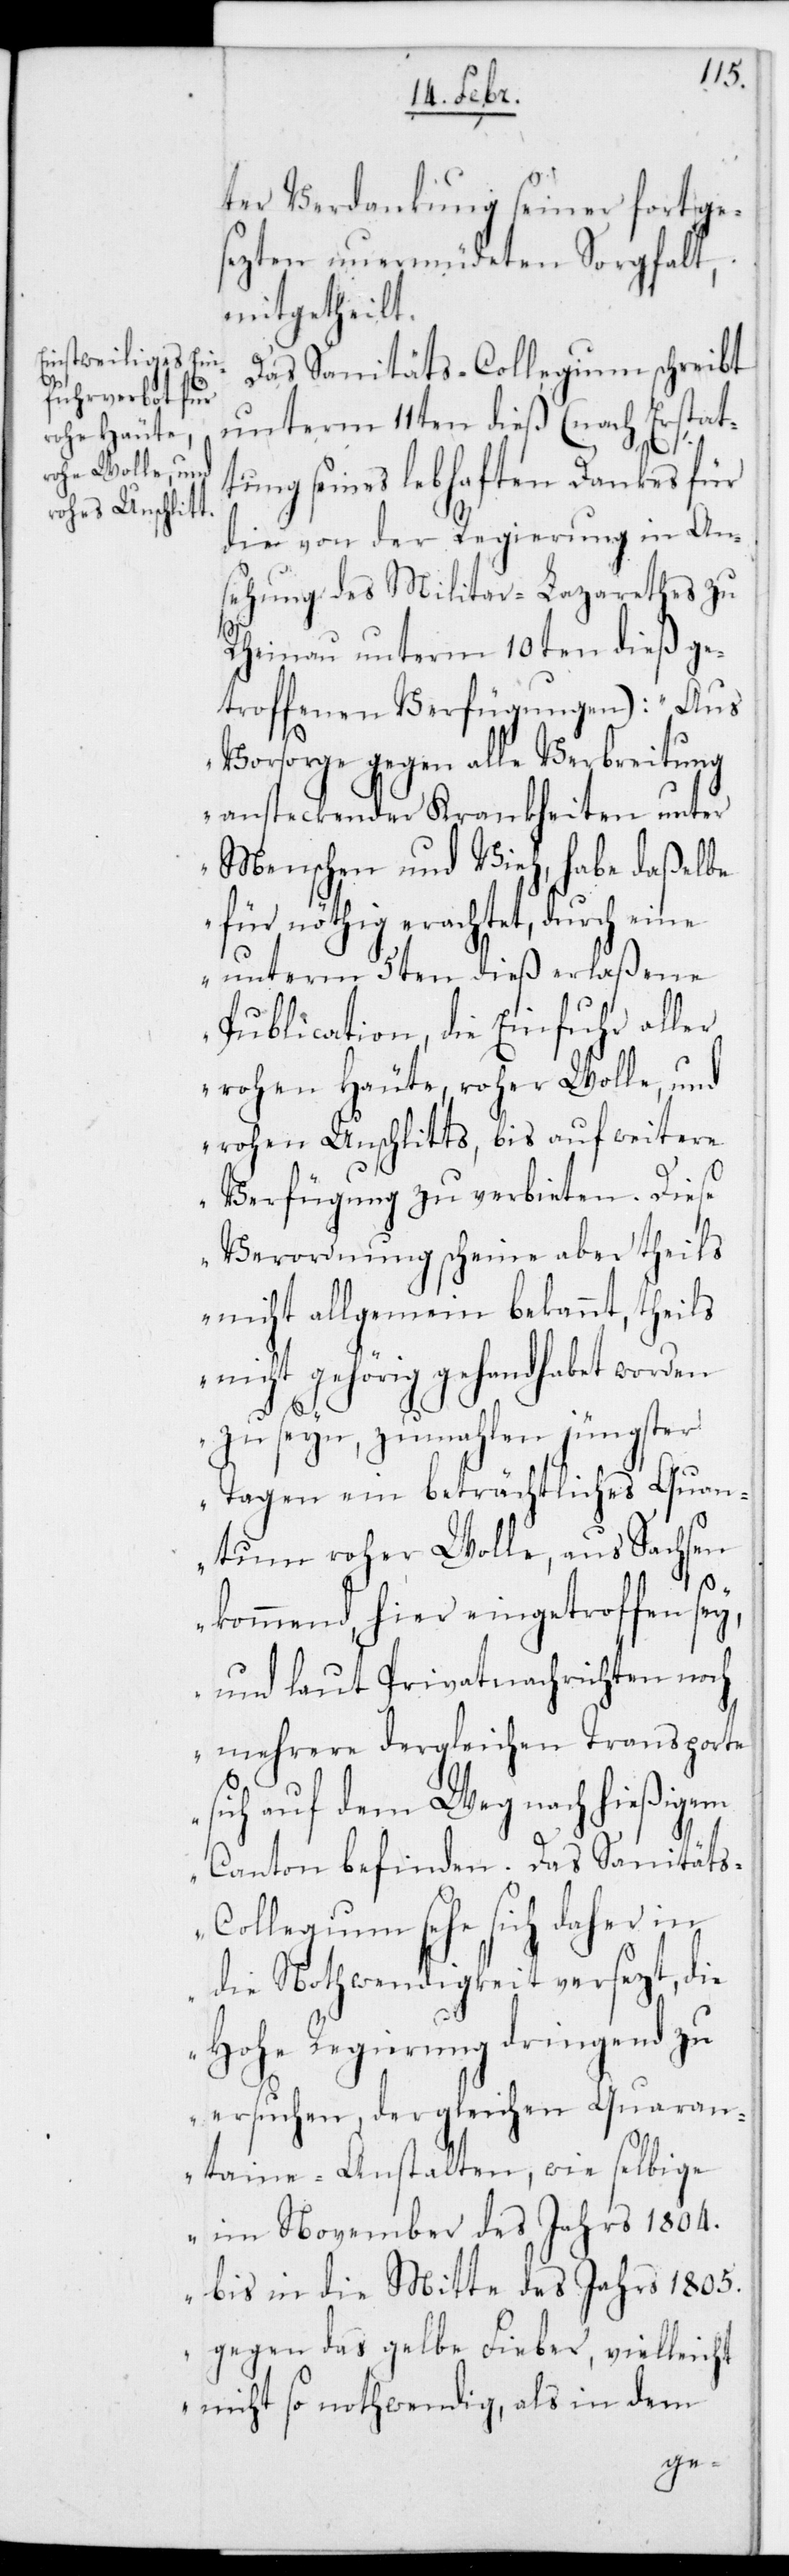
ter Verdankung seiner fortge¬
sezten unermüdeten Sorgfalt,
mitgetheilt.
Das Sanitäts-Collegium schreibt
unterm 11ten dieß (nach Erstat¬
s-C¬
tung seines lebhaften Dankes für
die von der Regierung in An¬
sehung des Militar-Lazareths zu
Rheinau unterm 10ten dieß ge¬
troffenen Verfügungen): „Aus
Vorsorge gegen alle Verbreitung
ansteckender Krankheiten unter
Menschen und Vieh, habe daßelbe
für nöthig erachtet, durch eine
unterm 5ten dieß erlaßene
Publication, die Einfuhr aller
rohen Häute, roher Wolle und
rohen Unschlitts, bis auf weitere
Verfügung zu verbieten. Diese
Verordnung scheine aber theils
nicht allgemein bekannt, theils
nicht gehörig gehandhabet worden
zu seyn, zumahlen jüngster
Tagen ein beträchtliches Quan¬
tum roher Wolle aus Sachsen
kommend, hier eingetroffen sey,
und laut Privatnachrichten noch
mehrere dergleichen Transporte
sich auf dem Weg nach hießigem
Canton befinden. Das Sanität¬
ollegium sehe sich daher in
die Nothwendigkeit versetzt, die
Hohe Regierung dringend zu
ersuchen, dergleichen Quaran¬
taine-Anstalten, wie selbige
im November des Jahrs 1804.
bis in die Mitte des Jahrs 1805.
gegen das gelbe Fieber, vielleicht
nicht so nothwendig, als in dem